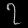
Digit: ၇